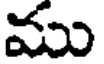
ము